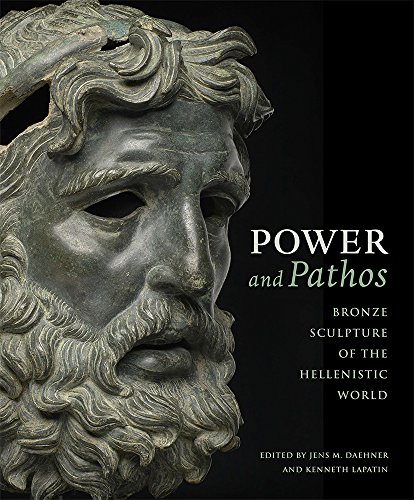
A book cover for Power and Pathos: Bronze Sculpture of the Hellenistic World; Arts & Photography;